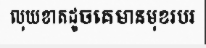
លុយខាតដូចគេមានមុខរបរ